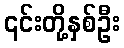
၎င်းတို့နှစ်ဦး